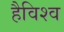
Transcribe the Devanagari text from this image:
हैविश्व